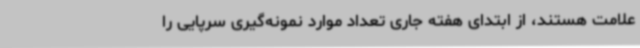
علامت هستند، از ابتدای هفته جاری تعداد موارد نمونه‌گیری سرپایی را